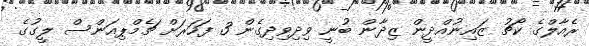
ރެއާލްގެ ކޯޗު ޒައިނުއްދީން ޒިދާން ބުނީ ވިދިވިދިގެން 3 ފަހަރަށް ޗެމްޕިއަންސް ލީގުގެ